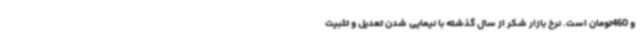
و 460تومان است. نرخ بازار شکر از سال گذشته با نیمایی شدن تعدیل و تثبیت